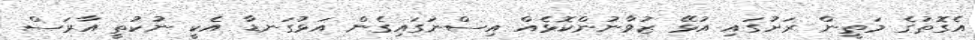
އެގޮތުގެ މަތީން ރަށުގައި އުޅޭ ޒުވާނުންކޮޅެއް އިސްނަގައިގެން އަޅުގަނޑާ އެކީ ނުކުތީ އާރަސް